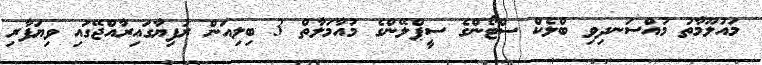
މައުލޫމާތު މުއްސަނދިވި ބްލެކް ސްޓޯންގެ ސީޕްލޭންގެ މުއާމަލާތް 3 ބިލިއަން ރުފިޔާގައިރާއްޖޭގައި ވިޔަފާރި